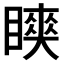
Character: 𬑨